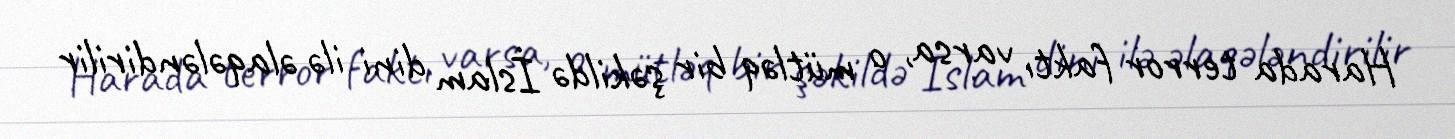
Harada terror faktı varsa, o mütləq bir şəkildə İslam dini ilə əlaqələndirilir